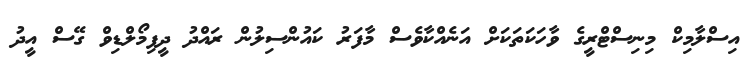
އިސްލާމިކް މިނިސްޓްރީގެ ވާހަކަތަކަށް އަނެއްކާވެސް މާފަރު ކައުންސިލުން ރައްދު ދީފިމޯލްޑިވް ގޭސް އީދު